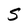
Character: S